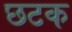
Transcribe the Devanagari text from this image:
छटक